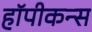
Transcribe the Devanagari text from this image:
हॉपीकन्स